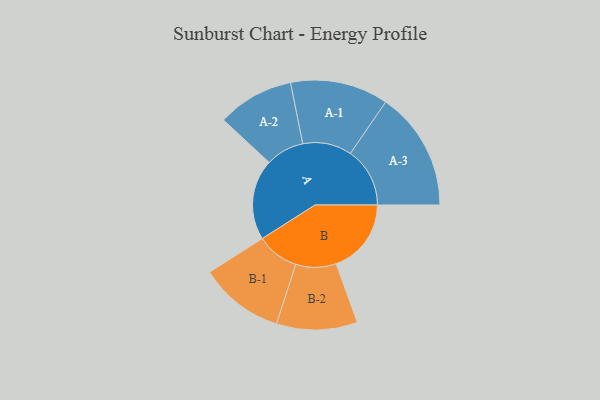
{"axis": {"x": "Segment", "y": "Value"}, "legend": ["", "A", "B"], "data": [{"x": "A", "y": 377, "type": ""}, {"x": "B", "y": 351, "type": ""}, {"x": "A-1", "y": 229, "type": "A"}, {"x": "A-2", "y": 179, "type": "A"}, {"x": "A-3", "y": 278, "type": "A"}, {"x": "B-1", "y": 198, "type": "B"}, {"x": "B-2", "y": 189, "type": "B"}]}